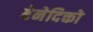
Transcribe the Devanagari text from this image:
बेनेदिक्तो